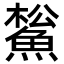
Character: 𩸝